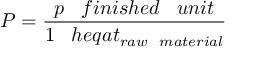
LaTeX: P = { \frac { p \; \; \; f i n i s h e d \; \; \; u n i t } { 1 \; \; \; h e q a t _ { r a w \; \; \; m a t e r i a l } } }